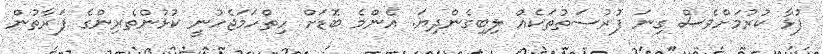
ފުޅާ ކުރުމަށްވެސް ގިނަ ފުރުސަތުތަކެއް ލިބިގެންދިޔަ. އެންމެ ބޮޑަށް ހިތްހަމަޖެހުނީ ކުޅުންތެރިންގެ ފަރާތުން